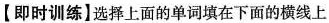
【即时训练】选择上面的单词填在下面的横线上